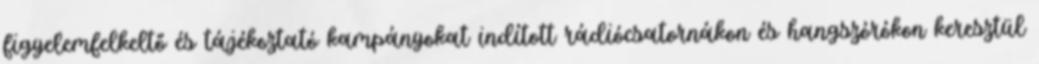
figyelemfelkeltő és tájékoztató kampányokat indított rádiócsatornákon és hangszórókon keresztül